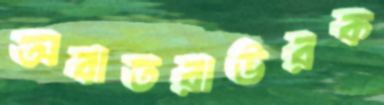
অবাতরাউরক